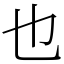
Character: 也